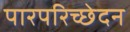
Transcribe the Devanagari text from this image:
पारपरिच्छेदन